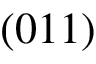
( 0 1 1 )